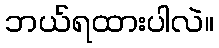
ဘယ်ရထားပါလဲ။